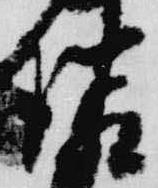
隣